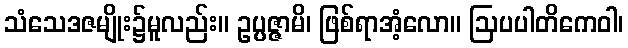
သံသေဒဇမျိုး၌မူလည်း။ ဥပ္ပဇ္ဇာမိ၊ ဖြစ်ရာအံ့လော။ ဩပပါတိကေဝါ၊